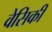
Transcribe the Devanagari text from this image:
वेसिकी